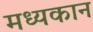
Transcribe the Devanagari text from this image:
मध्यकान